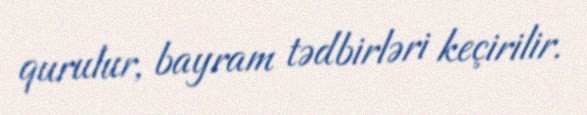
qurulur, bayram tədbirləri keçirilir.